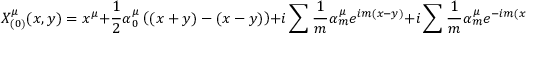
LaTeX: X _ { ( 0 ) } ^ { \mu } ( x , y ) = x ^ { \mu } + \frac { 1 } { 2 } \alpha _ { 0 } ^ { \mu } \left( ( x + y ) - ( x - y ) \right) + i \sum \frac { 1 } { m } \alpha _ { m } ^ { \mu } e ^ { i m ( x - y ) } + i \sum \frac { 1 } { m } \alpha _ { m } ^ { \mu } e ^ { - i m ( x + y ) }